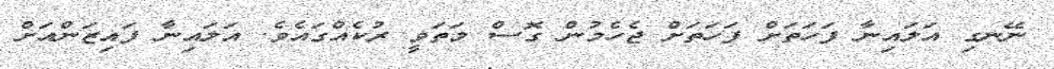
ނޭނގި އަލައިނާ ފަހަތަށް ފަހަތަށް ޖެހެމުން ގޮސް މަތަވީ ރުކެއްގައެވެ. އަލައިނާ ފައިޒަންއަށް